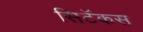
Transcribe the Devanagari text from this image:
सिटॅकस